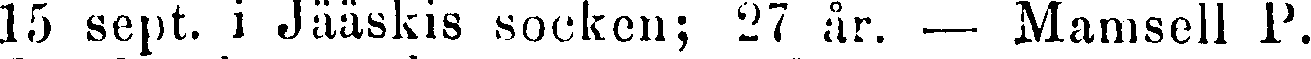
15 sept. i Jääskis socken; 27 år. — Mamsell P.